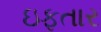
ઇફતાર